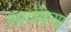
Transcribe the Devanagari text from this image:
सावोइया